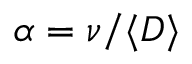
\alpha = \nu / \langle D \rangle